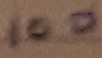
Text: 100